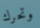
وتحرك